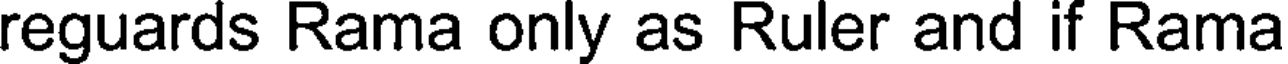
reguards Rama only as Ruler and if Rama